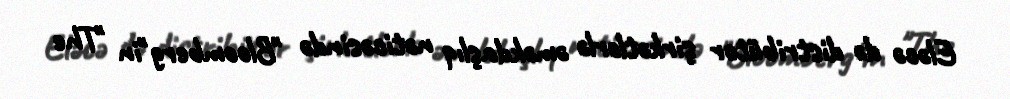
Eləcə də distribütor şirkətlərlə əməkdaşlıq nəticəsində "Bloomberg"in "The